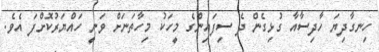
ހިނގާދިޔަ ހާދިސާއާ ގުޅިގެން ދެ ސިފައިންގެ މީހަކު މިހާތަނަށް ވަނީ ހައްޔަރުކޮށްފަ އެވެ.